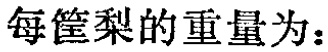
每筐梨的重量为：